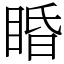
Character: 睧